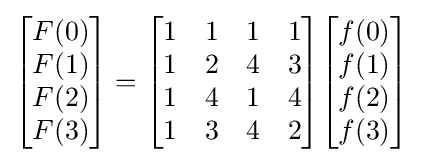
{\begin{bmatrix}F(0)\\F(1)\\F(2)\\F(3)\end{bmatrix}}={\begin{bmatrix}1&1&1&1\\1&2&4&3\\1&4&1&4\\1&3&4&2\end{bmatrix}}{\begin{bmatrix}f(0)\\f(1)\\f(2)\\f(3)\end{bmatrix}}